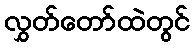
လွှတ်တော်ထဲတွင်